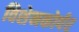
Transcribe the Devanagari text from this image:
विशेनकोर्पर